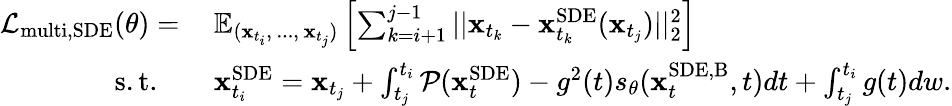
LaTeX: \begin{array}{rl}{\mathcal{L}_{\mathrm{multi,SDE}}(\theta)=\: }&{\mathbb{E}_{(\mathbf{x}_{t_{i}},\, ...,\, \mathbf{x}_{t_{j}})}\left[\sum_{k=i+1}^{j-1}||\mathbf{x}_{t_{k}}-\mathbf{x}_{t_{k}}^{\mathrm{SDE}}(\mathbf{x}_{t_{j}})||_{2}^{2}\right]}\\ {\mathrm{s.t.}\quad}&{\mathbf{x}_{t_{i}}^{\mathrm{SDE}}=\mathbf{x}_{t_{j}}+\int_{t_{j}}^{t_{i}}\mathcal{P}(\mathbf{x}_{t}^{\mathrm{SDE}})-g^{2}(t)s_{\theta}(\mathbf{x}_{t}^{\mathrm{SDE,B}},t)dt+\int_{t_{j}}^{t_{i}}g(t)dw.}\end{array}